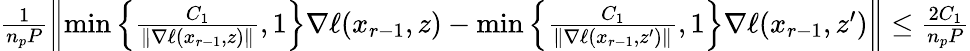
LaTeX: \begin{array}{r}{\frac{1}{n_{p}P}\left\| \operatorname*{min}\left\{ \frac{C_{1}}{\| \nabla\ell(x_{r-1},z)\| },1\right\} \nabla\ell(x_{r-1},z)-\operatorname*{min}\left\{ \frac{C_{1}}{\| \nabla\ell(x_{r-1},z^{\prime})\| },1\right\} \nabla\ell(x_{r-1},z^{\prime})\right\| \leq\frac{2C_{1}}{n_{p}P}}\end{array}